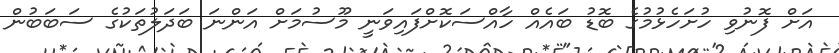
އަށް ފޮނުވި ހުށަހެޅުމުގެ ބޮޑު ބައެއް ހާއްސަކޮށްފައިވަނީ މޫސުމަށް އަންނަ ބަދަލުތަކުގެ ސަބަބުން